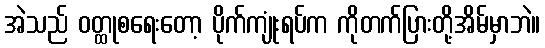
အဲသည် ဝတ္ထုစရေးတော့ ပိုက်ကျုံးရပ်က ကိုတက်ပြားတို့အိမ်မှာဘဲ။